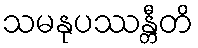
သမနုပဿန္တီတိ